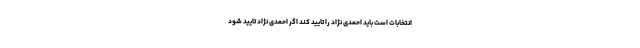
انتخابات است باید احمدی نژاد را تایید کند اگر احمدی نژاد تایید شود